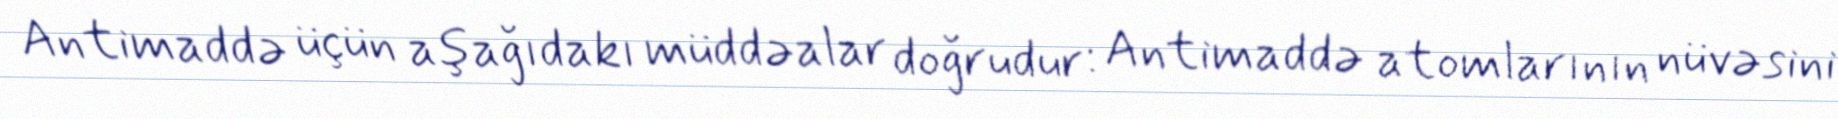
Antimaddə üçün aşağıdakı müddəalar doğrudur: Antimaddə atomlarının nüvəsini